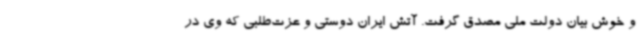
و خوش بیان دولت ملی مصدق گرفت. آتش ایران دوستی و عزت‌طلبی که وی در